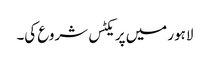
لاہور میں پریکٹس شروع کی۔